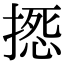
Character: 𢲀